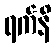
ရက်နိ